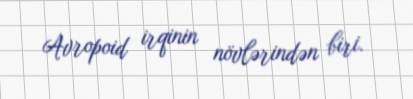
Avropoid irqinin növlərindən biri.